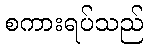
စကားရပ်သည်